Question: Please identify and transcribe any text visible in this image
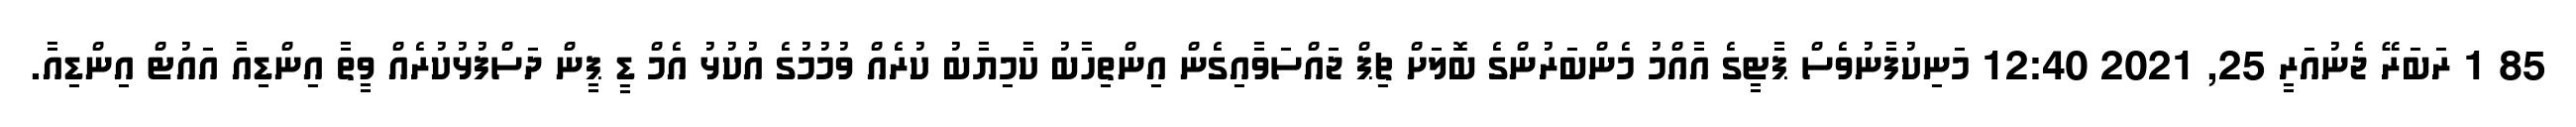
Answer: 85 1 ރަބަރޭ ޖެނުއަރީ 25, 2021 12:40 މަނިކުފާނުވެސް ޕާޓީގެ އާއްމު މެންބަރުންގެ ބޮލަށް ޗިޕް ޖައްސަވާއިގެން އިންތިހާބު ކާމިޔާބު ކުރެއް ވުމުމުގެ އުކުޅު އެމް ޑީ ޕީން ދަސްފުޅުކުރެއް ވީތާ އިންޑިއާ އައުޓް އިންޑިއާ.